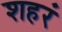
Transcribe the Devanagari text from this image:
शहरं